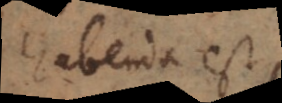
habenda est,